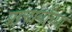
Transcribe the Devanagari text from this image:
प्राचार्यांच्या